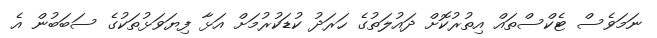
ނަމަވެސް ޓެކްސްތައް އިތުރުކޮށް ދައުލަތުގެ ހަރަދު ކުޑަކުރުމަށް އަޅާ ފިޔަވަޅުތަކުގެ ސަބަބުން އެ